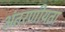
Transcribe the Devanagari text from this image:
अंतरणीयता